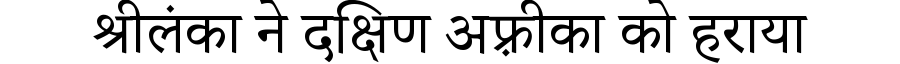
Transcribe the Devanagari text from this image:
श्रीलंका ने दक्षिण अफ़्रीका को हराया